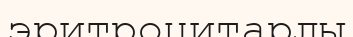
эритроцитарлы